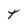
Character: T